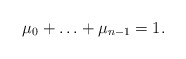
\begin{align*}\mu_0 + \ldots + \mu_{n-1} = 1.\end{align*}